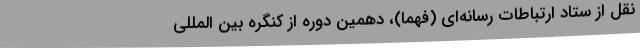
نقل از ستاد ارتباطات رسانه‌ای (فهما)، دهمین دوره از کنگره بین المللی